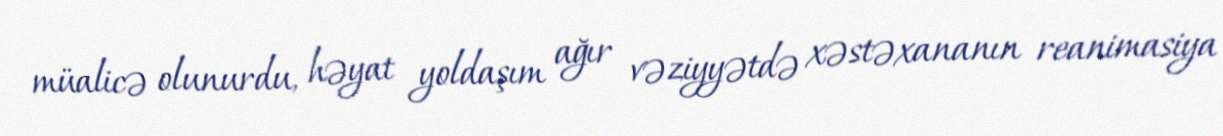
müalicə olunurdu, həyat yoldaşım ağır vəziyyətdə xəstəxananın reanimasiya